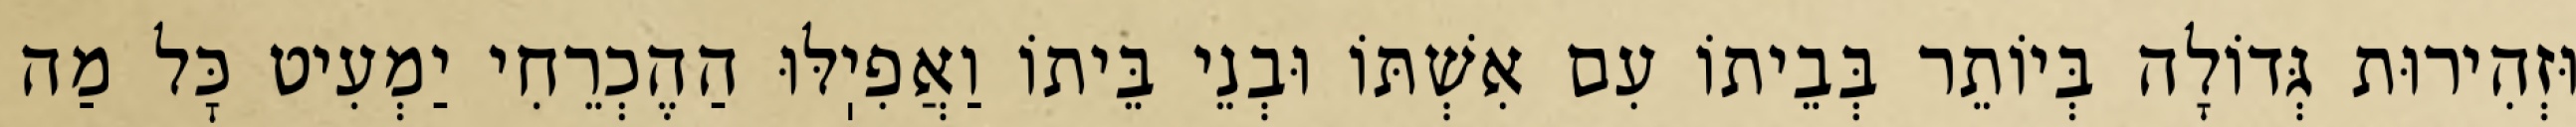
וּזְהִירוּת גְּדוֹלָה בְּיוֹתֵר בְּבֵיתוֹ עִם אִשְׁתּוֹ וּבְנֵי בֵּיתוֹ וַאֲפִיֽלּוּ הַהֶכְרֵחִי יַמְעִיט כׇּל מַה